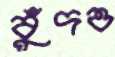
বুঁদও